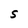
Character: S